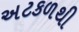
અટકળથી